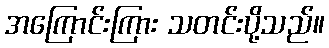
အကြောင်းကြား သတင်းပို့သည်။